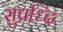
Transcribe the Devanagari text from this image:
सुप्रध्दि